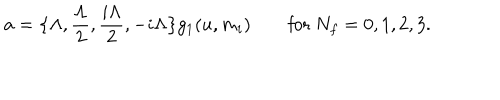
a = \big \{ \Lambda , \frac { \Lambda } { 2 } , \frac { i \Lambda } { 2 } , - i \Lambda \big \} g _ { 1 } ( u , m _ { i } ) \qquad \mathrm { f o r ~ } N _ { f } = 0 , 1 , 2 , 3 .